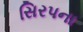
સિરપના